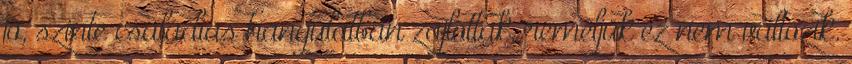
jó, szinte családias hangulatban zajlottak, reméljük ez nem változik.